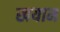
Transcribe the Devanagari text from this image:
खयाम